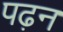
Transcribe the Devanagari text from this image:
पढ़न